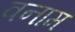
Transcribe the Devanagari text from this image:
वनाम